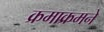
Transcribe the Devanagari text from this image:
क्रमाक्रमने